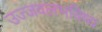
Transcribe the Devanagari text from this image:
उज्जवलभविष्य